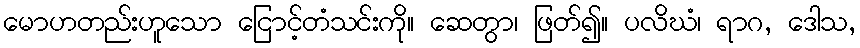
မောဟတည်းဟူသော ငြောင့်တံသင်းကို။ ဆေတွာ၊ ဖြတ်၍။ ပလိဃံ၊ ရာဂ, ဒေါသ,